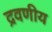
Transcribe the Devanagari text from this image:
द्रवणीय